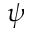
\psi